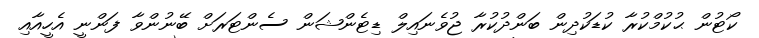
ކޯޓުން ޙުކުމްކުރާ ކުޑަކުދިން ބަންދުކުރާ ޖުވެނައިލް ޑިޓެންޝަން ސެންޓަރަށް ބޭނުންވާ ފަންނީ އެހީއާއި